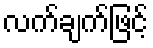
လက်ချက်ဖြင့်